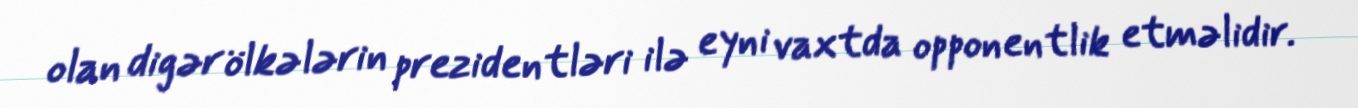
olan digər ölkələrin prezidentləri ilə eyni vaxtda opponentlik etməlidir.